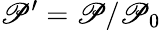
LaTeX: \mathscr{P}^{\prime}=\mathscr{P}/\mathscr{P}_{0}